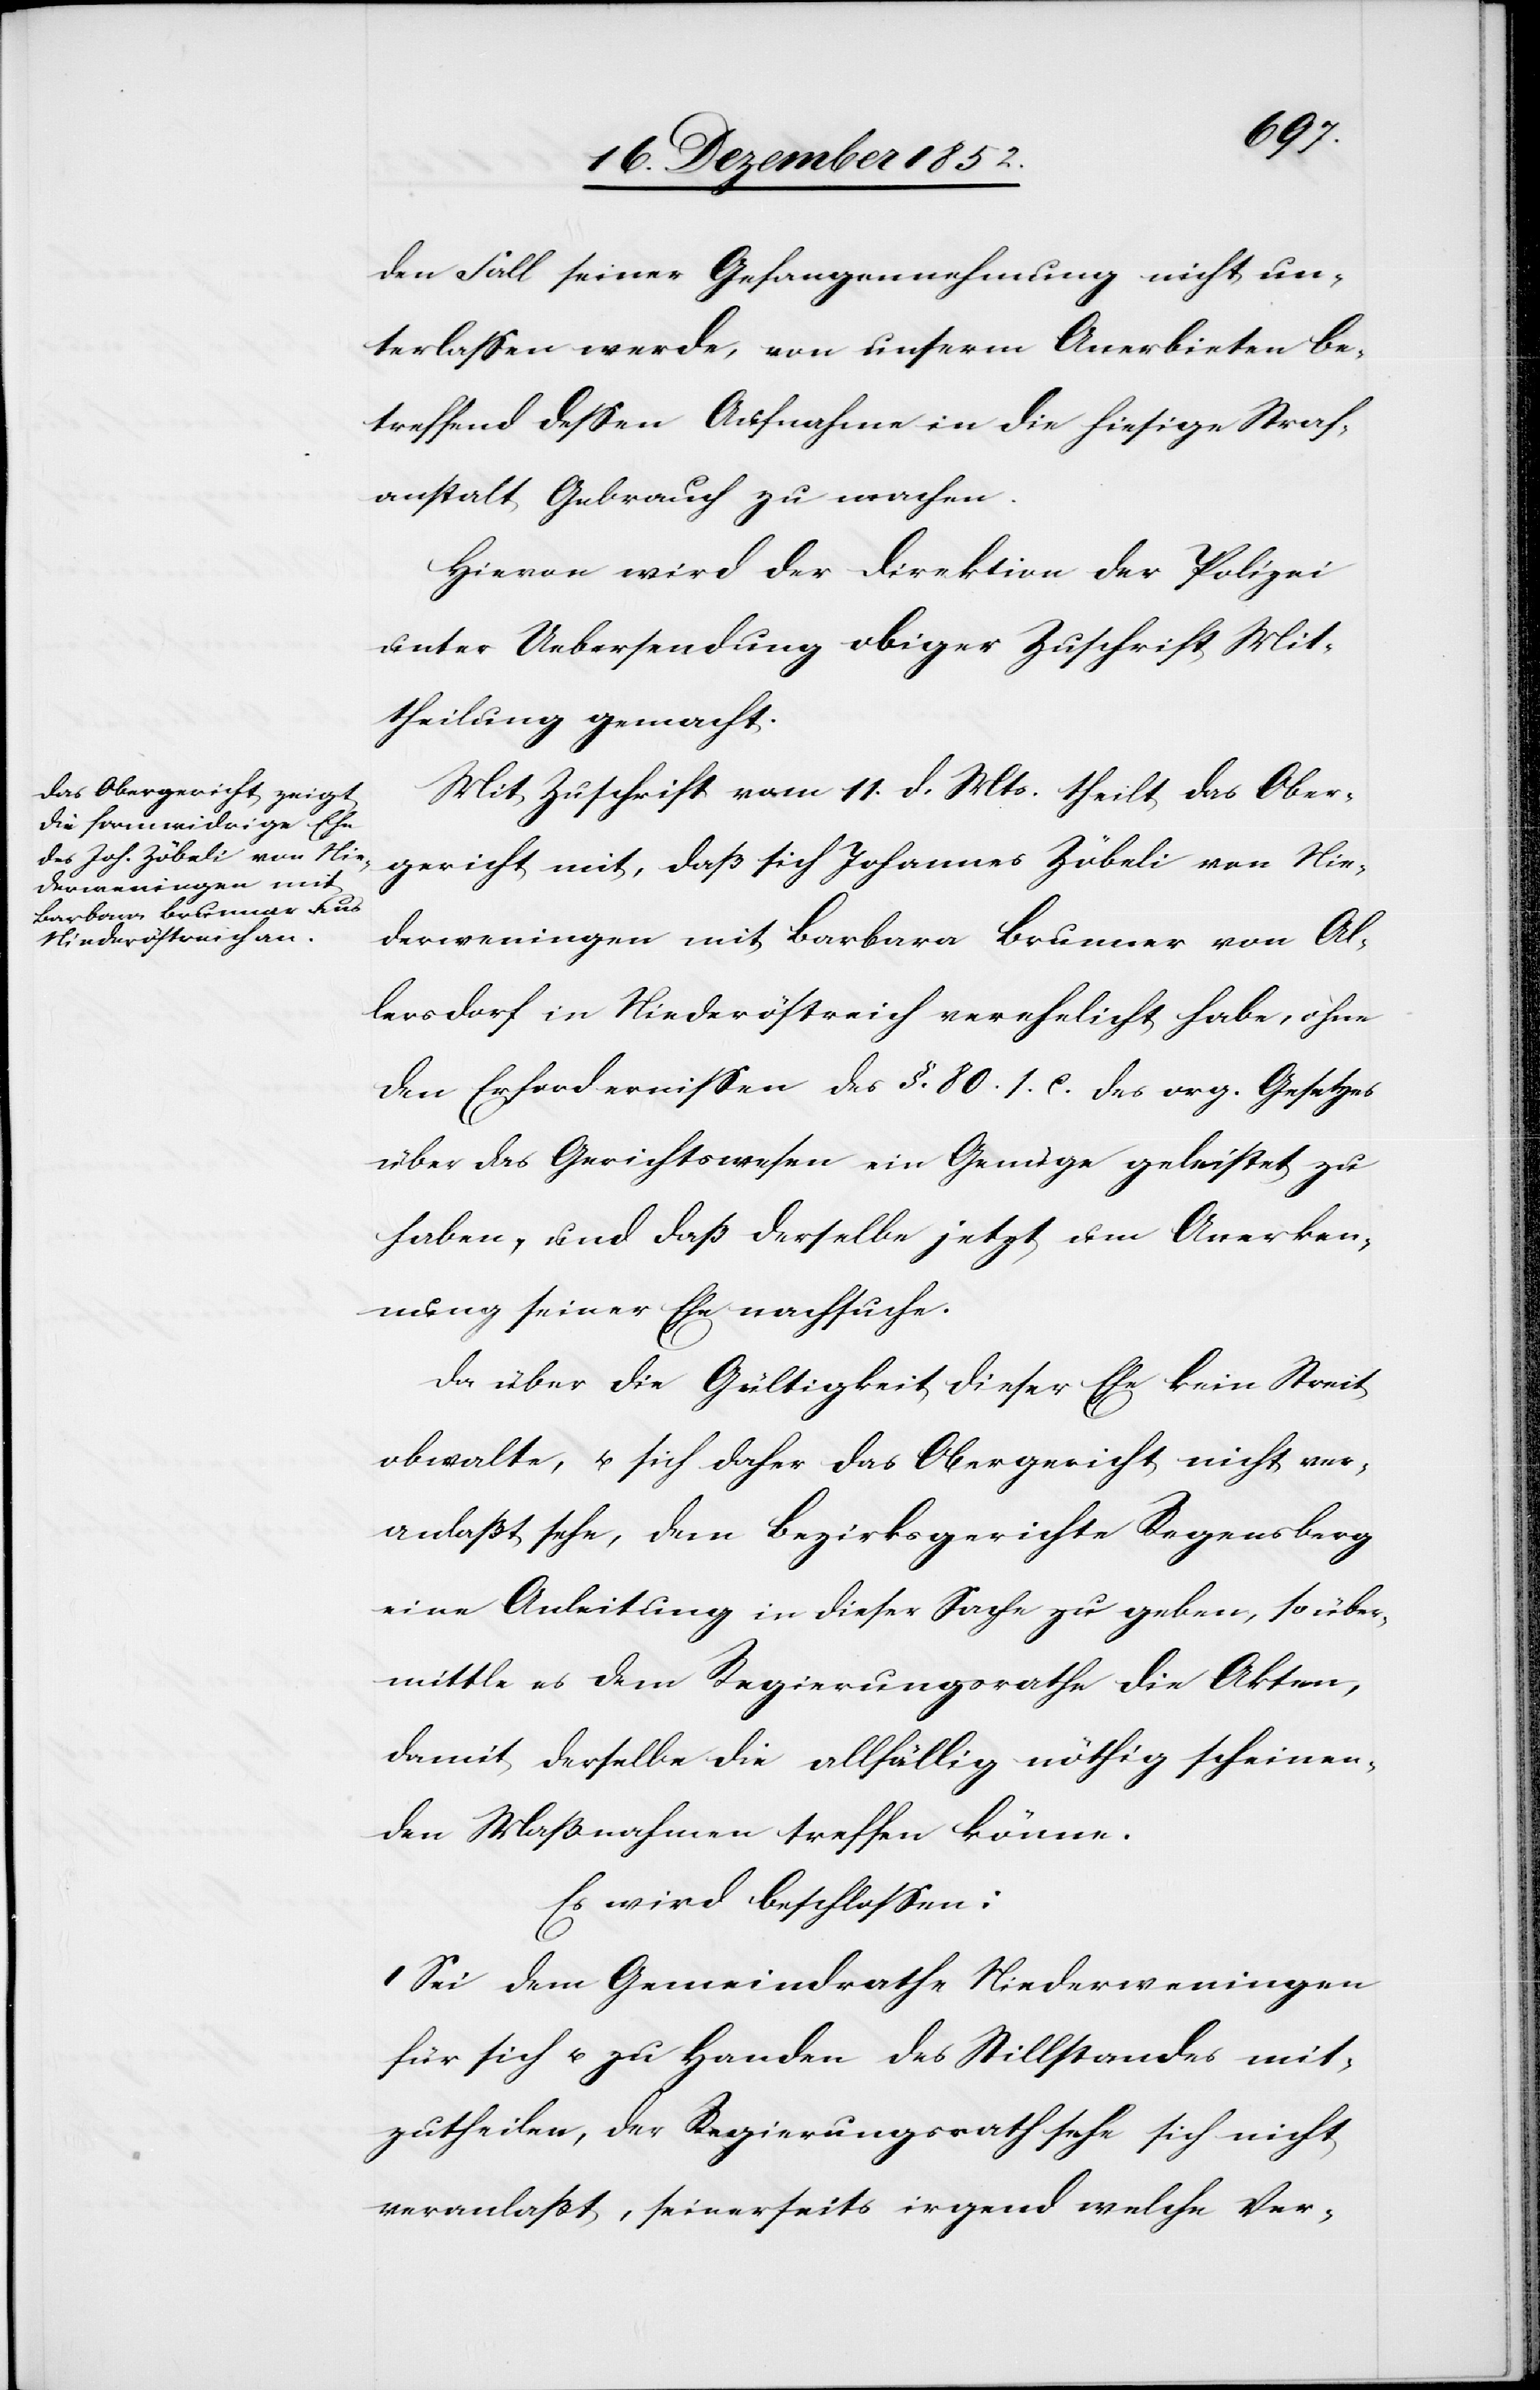
den Fall seiner Gefangennehmung nicht un¬
terlassen werde, von unserm Anerbieten be¬
treffend dessen Aufnahme in die hiesige Straf¬
anstalt Gebrauch zu machen.
Hievon wird der Direktion der Polizei
unter Uebersendung obiger Zuschrift Mit¬
theilung gemacht.
Mit Zuschrift vom 11. d. Mts. theilt das Ober¬
gericht mit, daß sich Johannes Zöbeli von Nie¬
derweningen mit Barbara Brunner von Al¬
lersdorf in Niederöstreich verehelicht habe, ohne
den Erfordernissen des §. 80. [?s.] c. des org. Gesetzes
über das Gerichtswesen ein Genüge geleistet zu
haben, und daß derselbe jetzt um Anerken¬
nung seiner Ehe nachsuche.
Da über die Gültigkeit dieser Ehe kein Streit
obwalte, u. sich daher das Obergericht nicht ver¬
anlaßt sehe, dem Bezirksgerichte Regensberg
eine Anleitung in dieser Sache zu geben, so über¬
mittle es dem Regierungsrathe die Akten,
damit derselbe die allfällig nöthig scheinen¬
den Maßnahmen treffen könne.
Es wird beschlossen:
I Sei dem Gemeindrathe Niederweningen
für sich u. zu Handen des Stillstandes mit¬
zutheilen, der Regierungsrath sehe sich nicht
veranlaßt, seinerseits irgend welche Ver-